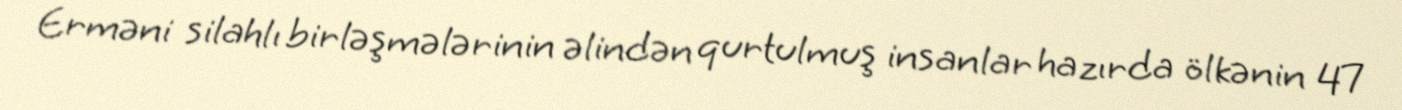
Erməni silahlı birləşmələrinin əlindən qurtulmuş insanlar hazırda ölkənin 47